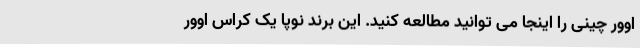
اوور چینی را اینجا می توانید مطالعه کنید. این برند نوپا یک کراس اوور